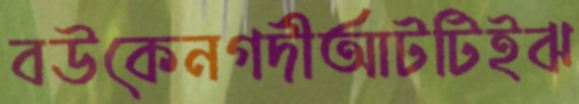
বউকেনগদীআটটিইঝ